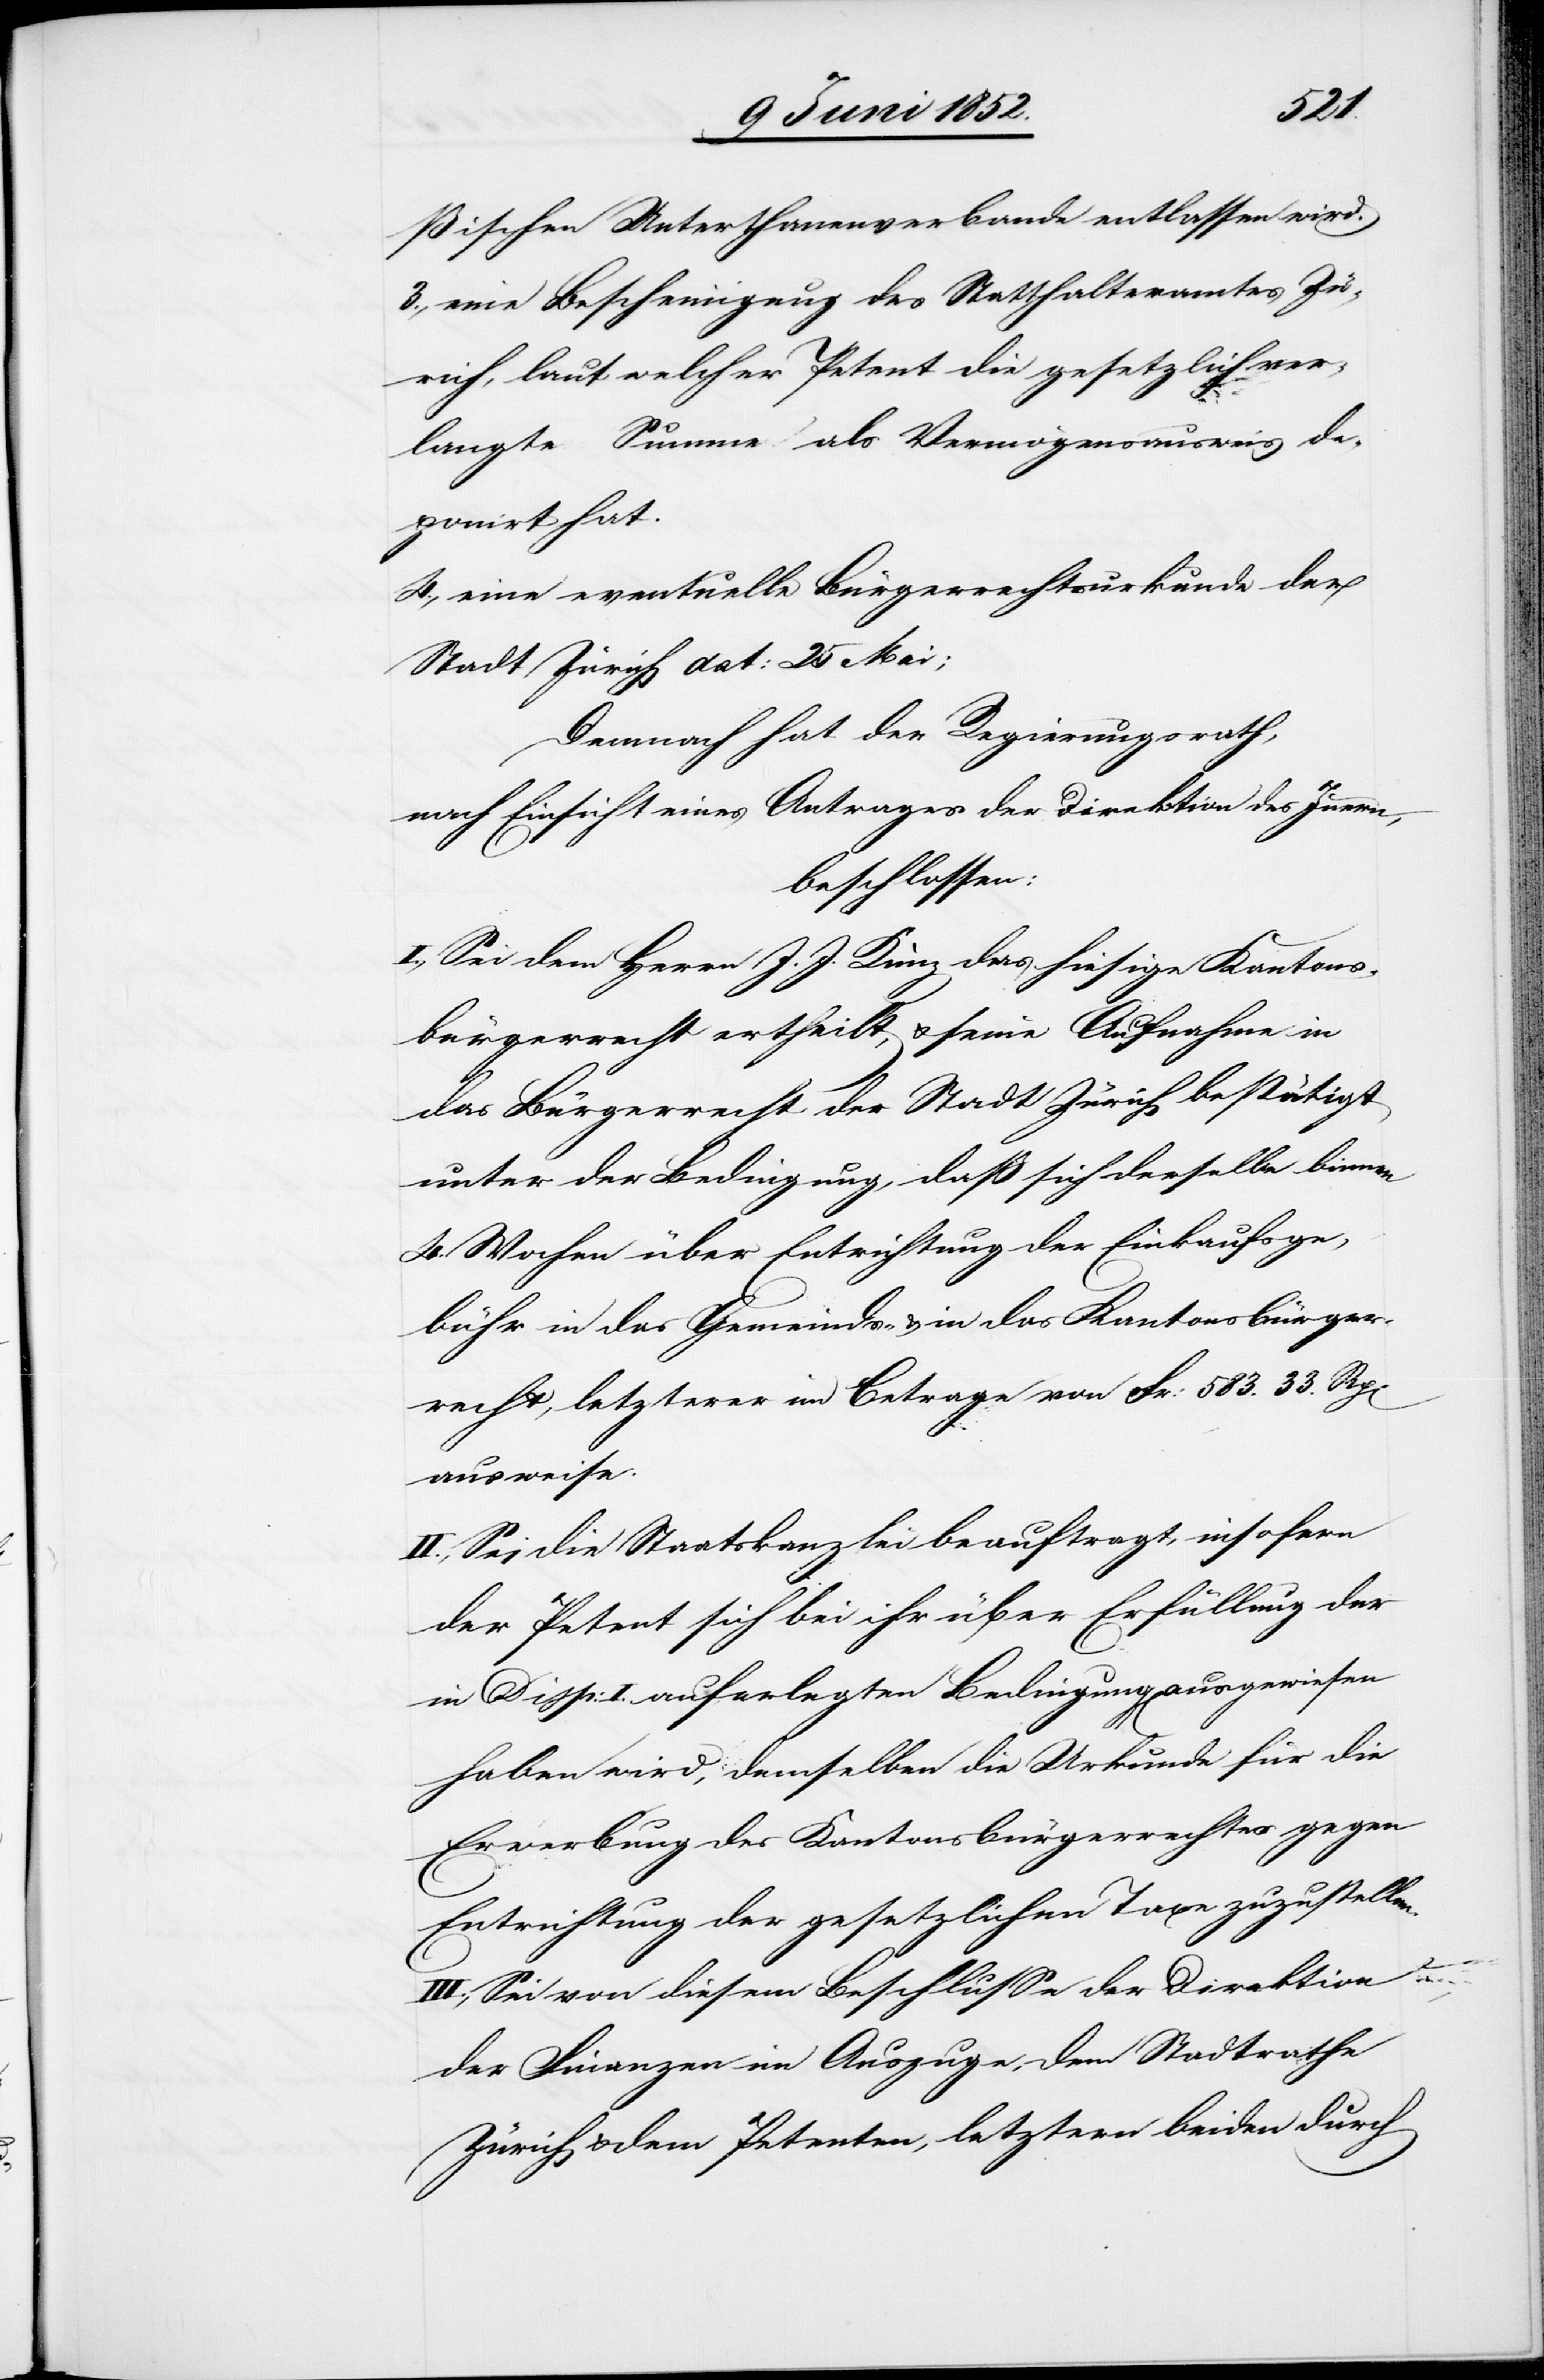
3.,
ßischen Unterthanenverbande entlassen wird.
eine Bescheinigung des Statthalteramtes Zü¬
rich, laut welcher Petent die gesetzlich ver¬
langte Summe als Vermögensausweis de¬
ponirt hat.
eine eventuelle Bürgerrechtsurkunde der
Stadt Zürich dat: 25 Mai;
Demnach hat der Regierungsrath,
nach Einsicht eines Antrages der Direktion des Innern,
beschlossen:
I., Sei dem Herrn J. J. Kunz das hiesige Kantons¬
bürgerrecht ertheilt, & seine Aufnahme in
das Bürgerrecht der Stadt Zürich bestätigt
unter der Bedingung, daß sich derselbe binnen
4. Wochen über Entrichtung der Einkaufsge¬
bühr in das Gemeinds- & in das Kantonsbürger¬
recht, letzterer im Betrage von Fr: 583. 33. Rp[en]
ausweise.
II., Sei die Staatskanzlei beauftragt, insofern
der Petent sich bei ihr über Erfüllung der
in Disp: I. auferlegten Bedingung ausgewiesen
haben wird, demselben die Urkunde für die
Erwerbung des Kantonsbürgerrechtes gegen
Entrichtung der gesetzlichen Taxe zuzustellen.
III., Sei von diesem Beschlusse der Direktion
der Finanzen im Auszuge, dem Stadtrathe
Zürich & dem Petenten, letztern beiden durch